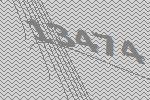
13474